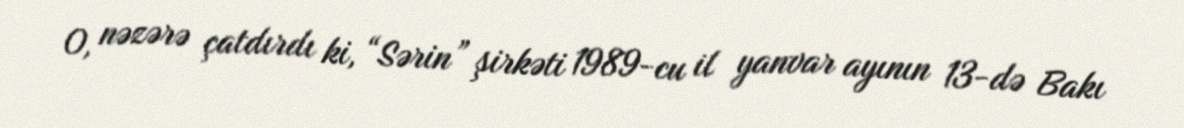
O, nəzərə çatdırdı ki, “Sərin” şirkəti 1989-cu il yanvar ayının 13-də Bakı